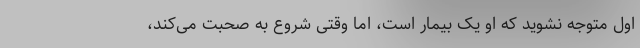
اول متوجه نشوید که او یک بیمار است، اما وقتی شروع به صحبت می‌کند،